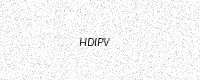
Text: HDIPV